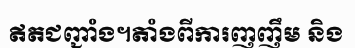
ឥតជញ្ជាំង។តាំងពីការញញឹម និង